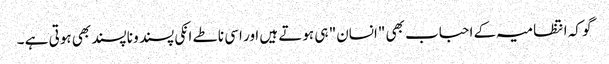
گو کہ انتظامیہ کے احباب بھی "انسان" ہی ہوتے ہیں اور اسی ناطے انکی پسند و ناپسند بھی ہوتی ہے ۔